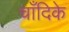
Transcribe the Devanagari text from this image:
चाँदिके